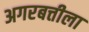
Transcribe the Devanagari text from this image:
अगरबत्तीला